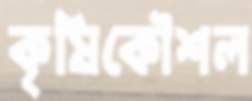
কৃষিকৌশল